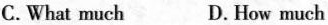
C. What much D. How much